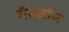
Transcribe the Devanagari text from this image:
गैरजोन